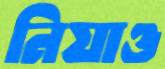
নিয়াও